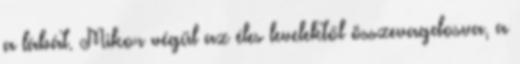
a lábát. Mikor végül az éles levelektől összevagdosva, a